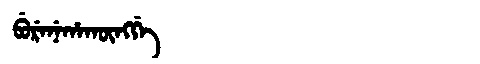
Manchu: ᠪᡠᡵᡝᠨᡝᡥᠠᡴᡡᠩᡤᡝ
Romanization: BURENEHAKŪNGGE